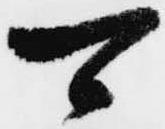
可